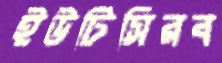
ইউটিসিরব